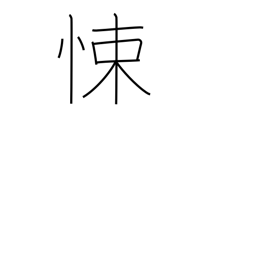
Meaning: fear